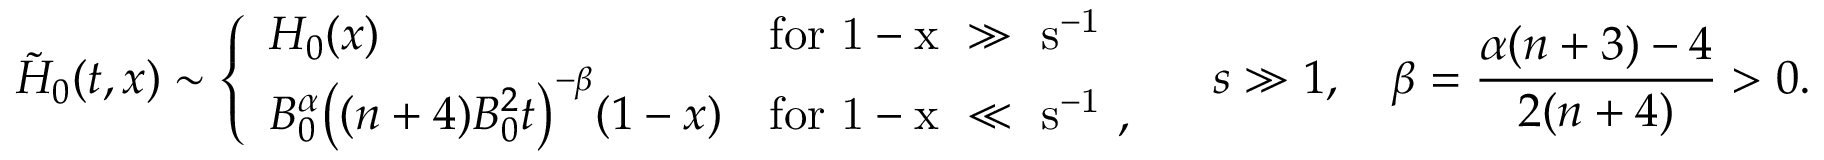
\tilde { H } _ { 0 } ( t , x ) \sim \left\{ \begin{array} { l l } { H _ { 0 } ( x ) } & { \mathrm { f o r ~ 1 - x ~ \gg ~ s ^ { - 1 } ~ } } \\ { B _ { 0 } ^ { \alpha } \big ( ( n + 4 ) B _ { 0 } ^ { 2 } t \big ) ^ { - \beta } ( 1 - x ) } & { \mathrm { f o r ~ 1 - x ~ \ll ~ s ^ { - 1 } ~ } , } \end{array} \right. \quad s \gg 1 , \quad \beta = \frac { \alpha ( n + 3 ) - 4 } { 2 ( n + 4 ) } > 0 .